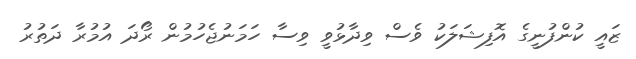
ޒައީ ކުންފުނީގެ އޮފިޝަލަކު ވެސް ވިދާޅުވީ ވިސާ ހަމަނުޖެހުމުން ރޯދަ އުމުރާ ދަތުރު